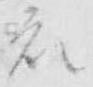
衣